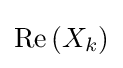
\operatorname {Re} {\left(X_{k}\right)}